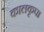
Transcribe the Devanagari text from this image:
कालकृपा